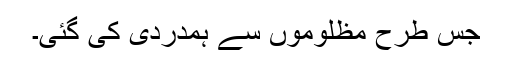
جس طرح مظلوموں سے ہمدردی کی گئی۔